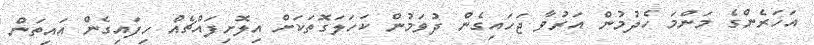
އަހަރެންގެ މަންމަ ހެދުމުން އަރުވާ ޖަހައިގެން ދުވަމުން ކަހަލަގޮތަކަށް އިލޮށިފައްޗެއް ހިފައިގެން އައިތަން